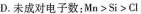
D.未成对电子数：Mn>Si>Cl